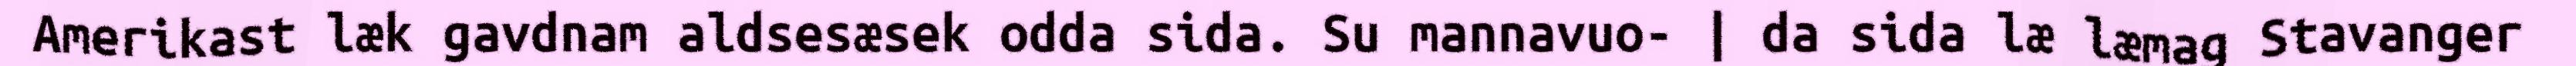
Amerikast læk gavdnam aldsesæsek odda sida. Su mannavuo- | da sida læ læmag Stavanger